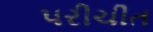
પરીચીત